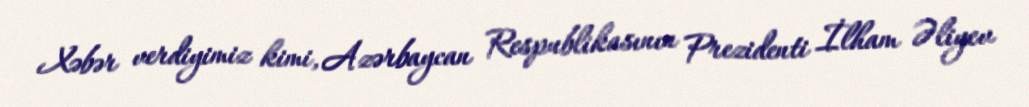
Xəbər verdiyimiz kimi, Azərbaycan Respublikasının Prezidenti İlham Əliyev